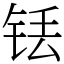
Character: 铥